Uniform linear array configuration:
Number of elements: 64
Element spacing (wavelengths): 0.75
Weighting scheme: blackman
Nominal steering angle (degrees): -45
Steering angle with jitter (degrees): -44.557
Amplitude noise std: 0.05
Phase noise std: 0.05

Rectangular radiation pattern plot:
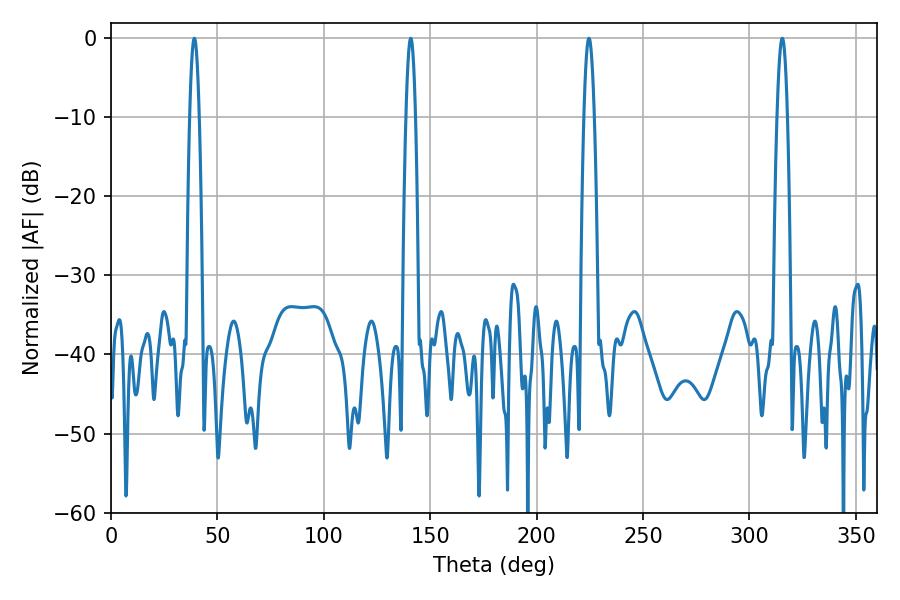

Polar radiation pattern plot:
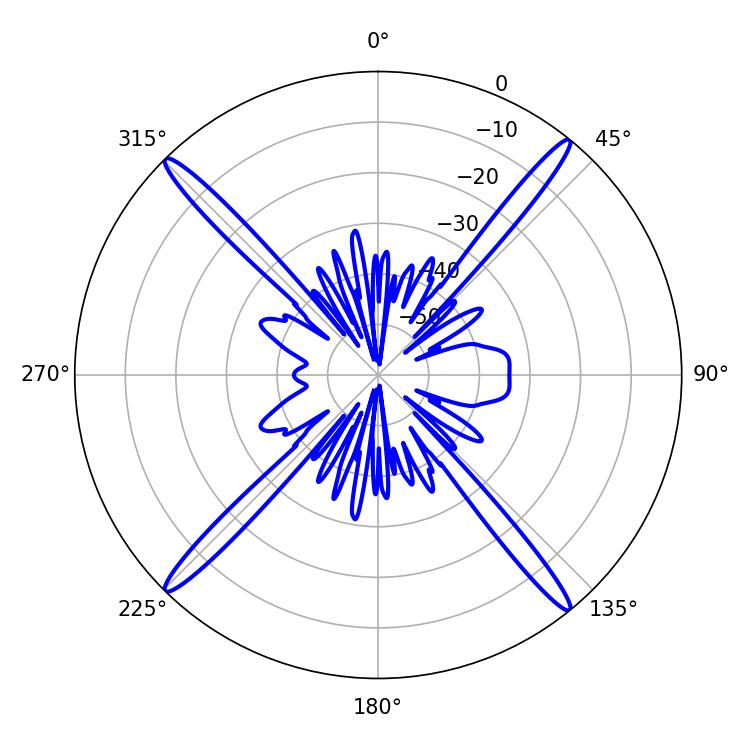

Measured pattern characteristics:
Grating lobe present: TRUE
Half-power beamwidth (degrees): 2.7
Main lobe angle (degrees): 315.36